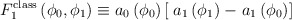
\begin{align*}F_1^{\rm class} \left( \phi_0, \phi_1 \right) \equiv a_0\left( \phi_0 \right) \left[ \right. a_1 \left( \phi_1 \right) -\left. a_1 \left( \phi_0 \right) \right]\end{align*}